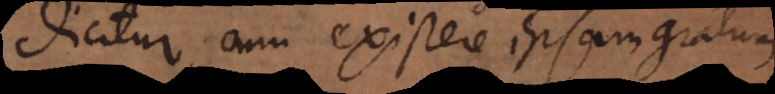
dicitur, cum existere ipsam gratum